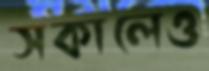
সকালেও